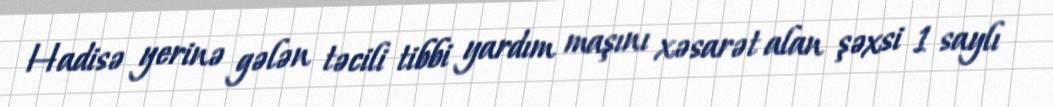
Hadisə yerinə gələn təcili tibbi yardım maşını xəsarət alan şəxsi 1 saylı